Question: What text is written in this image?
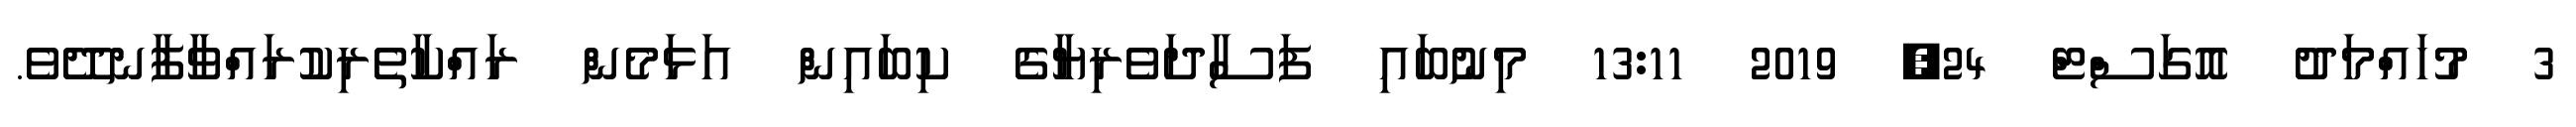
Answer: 3 މުހައްމަދު އޮގަސްޓް 24, 2019 13:11 މިނުބައި ފަސާދަވެރިޔާގެ ކިބައިން އަޅަމެން ރައްކާތެރިކުރައްވާފާނދޭވެ.